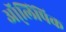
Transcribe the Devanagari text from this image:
ऑ्लिंपिक